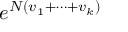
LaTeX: e ^ { N ( v _ { 1 } + \cdots + v _ { k } ) }